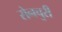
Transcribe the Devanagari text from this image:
सेनचुरी